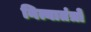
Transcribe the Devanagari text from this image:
नित्यातंत्रों